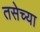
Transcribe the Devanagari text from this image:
तसेच्या